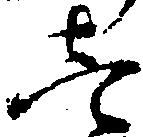
壱